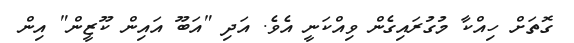
ގޮތަށް ހިއްކާ މުގުރައިގެން ވިއްކަނީ އެވެ. އަދި "އަބޫ އައިން ކޫޒީން" އިން